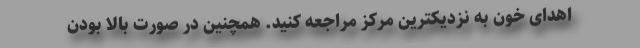
اهدای خون به نزدیکترین مرکز مراجعه کنید. همچنین در صورت بالا بودن